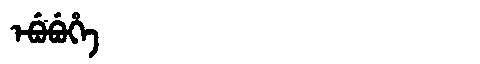
Manchu: ᡝᠪᡠᠪᡠᡥᡝ
Romanization: EBUBUHE